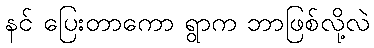
နင် ပြေးတာကော ရွာက ဘာဖြစ်လို့လဲ